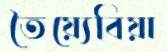
তৈয়্যেবিয়া